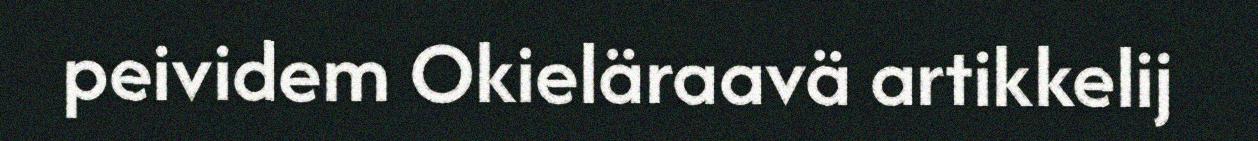
peividem Okieläraavä artikkelij